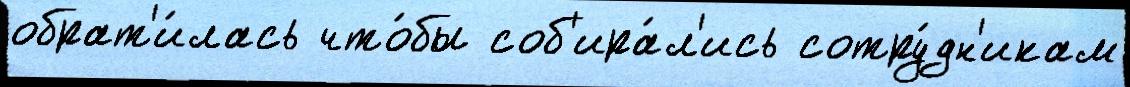
обрат'и́лась что́бы соб'ира́л'ись сотру́дн'икам